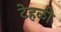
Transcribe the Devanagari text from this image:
टेहळी